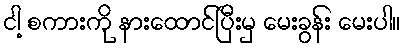
ငါ့ စကားကို နားထောင်ပြီးမှ မေးခွန်း မေးပါ။